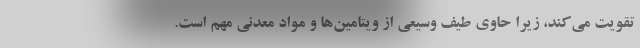
تقویت می‌کند، زیرا حاوی طیف وسیعی از ویتامین‌ها و مواد معدنی مهم است.